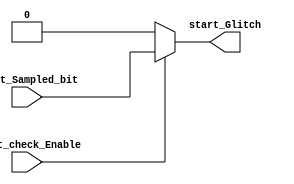
module UART_RX_start_Check (
    input  wire start_check_Enable,
    input  wire start_Sampled_bit,     
    output reg  start_Glitch
);

always @(*) begin
    if(start_check_Enable) begin
        start_Glitch <= start_Sampled_bit;
    end
    else begin
        start_Glitch <= 1'b0;
    end
end
    
endmodule